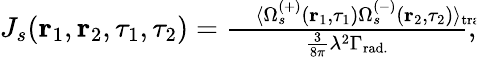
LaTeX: \begin{array}{r}{J_{s}(\textbf{r}_{1},\textbf{r}_{2},\tau_{1},\tau_{2})=\frac{\, \, \, \, \, \langle\Omega_{s}^{(+)}(\textbf{r}_{1},\tau_{1})\Omega_{s}^{(-)}(\textbf{r}_{2},\tau_{2})\rangle_{\mathrm{trajectories\! \! \! \! \! \! \! \! \! \! \! \! \! \! \! \! \! \! \! \! }}}{\frac{3}{8\pi}\lambda^{2}\Gamma_{\mathrm{rad.}}},}\end{array}